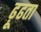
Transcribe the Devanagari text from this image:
ढ़ूढता